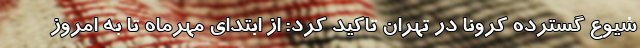
شیوع گسترده کرونا در تهران تاکید کرد: از ابتدای مهرماه تا به امروز